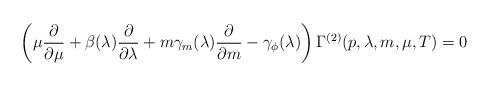
LaTeX: \begin{align*}\left (\mu {\partial\over \partial\mu} + \beta (\lambda ){\partial\over \partial\lambda} + m\gamma_m (\lambda){\partial\over \partial{m}} - \gamma_{\phi} (\lambda)\right ) \Gamma^{(2)} (p, \lambda, m, \mu, T) = 0 \end{align*}